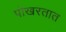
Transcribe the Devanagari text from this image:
पोखरतात